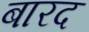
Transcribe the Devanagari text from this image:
बारद